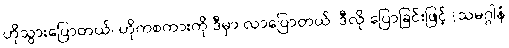
ဟိုသွားပြောတယ်၊ ဟိုကစကားကို ဒီမှာ လာပြောတယ်၊ ဒီလို ပြောခြင်းဖြင့် (သမဂ္ဂါနံ